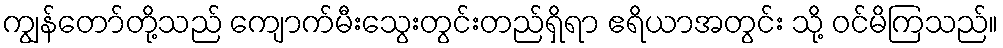
ကျွန်တော်တို့သည် ကျောက်မီးသွေးတွင်းတည်ရှိရာ ဧရိယာအတွင်း သို့ ဝင်မိကြသည်။